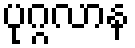
ပုဂ္ဂလာန